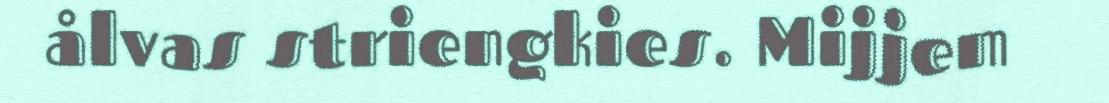
ålvas striengkies. Mijjem